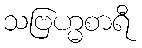
သဗြဟ္မစာရီ